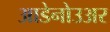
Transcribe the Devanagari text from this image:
आडेनोउअर